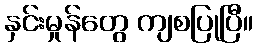
နှင်းမှုန်တွေ ကျစပြုပြီ။